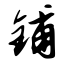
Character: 铺